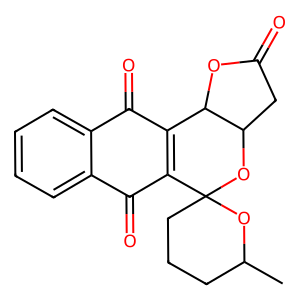
SMILES: CC1CCCC2(O1)OC1CC(=O)OC1C1=C2C(=O)c2ccccc2C1=O
Inhibits HIV replication: No